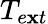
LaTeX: T_{e\mathbf{x}t}